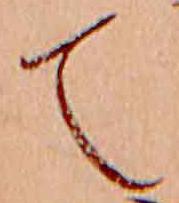
て